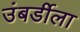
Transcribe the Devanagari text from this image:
उंबर्डीला